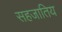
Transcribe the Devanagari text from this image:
सहजातिय